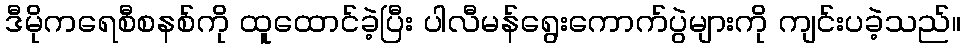
ဒီမိုကရေစီစနစ်ကို ထူထောင်ခဲ့ပြီး ပါလီမန်ရွေးကောက်ပွဲများကို ကျင်းပခဲ့သည်။